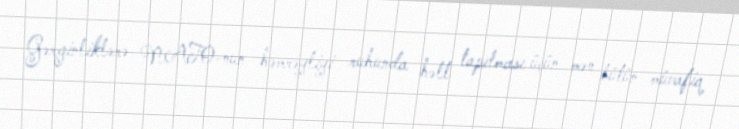
Gərginliklərə NATO-nun həmrəyliyi ruhunda həll tapılması üçün mən bütün müvafiq